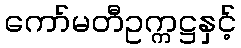
ကော်မတီဥက္ကဋ္ဌနှင့်